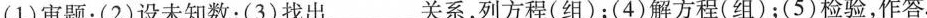
(1)审题；(2)设未知数；(3)找出___关系，列方程(组)；(4)解方程(组)；(5)检验，作答.